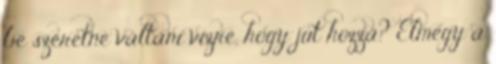
be szeretné váltani vízre, hogy jut hozzá? Elmegy a